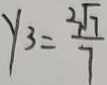
y _ { 3 } = \frac { 2 \sqrt { 7 } } { 7 }